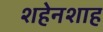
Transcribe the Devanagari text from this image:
शहेनशाह